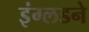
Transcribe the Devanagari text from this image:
इंग्लडने